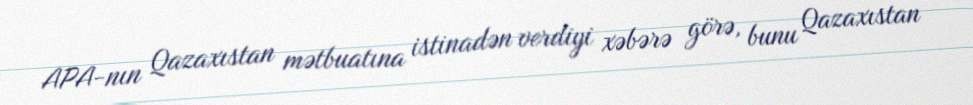
APA-nın Qazaxıstan mətbuatına istinadən verdiyi xəbərə görə, bunu Qazaxıstan